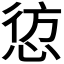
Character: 𭝁